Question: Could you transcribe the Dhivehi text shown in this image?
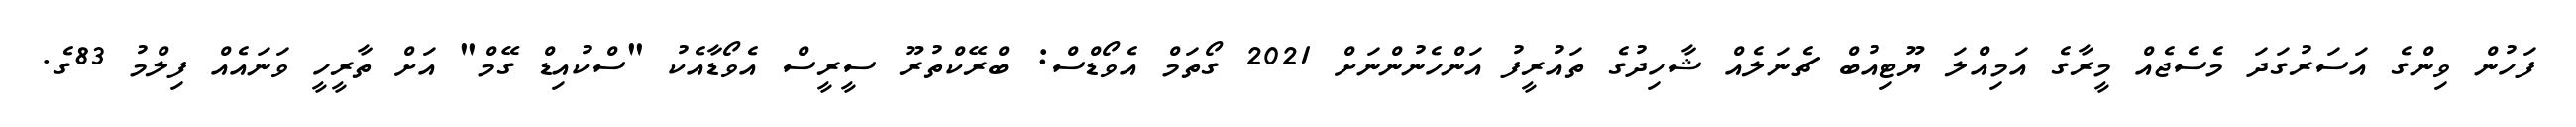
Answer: ފަހުން ވިންގެ އަސަރުގަދަ މެސެޖެއް މީރާގެ އަމިއްލަ ޔޫޓިއުބް ޗެނަލެއް ޝާހިދުގެ ތައުރީފު އަންހެނުންނަށް 2021 ގޯތަމް އެވޯޑްސް: ބްރޭކްތުރޫ ސީރީސް އެވޯޑާއެކު "ސްކުއިޑް ގޭމް" އަށް ތާރީހީ ވަނައެއް ފިލްމު 83ގެ.